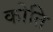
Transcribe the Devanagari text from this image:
कोति